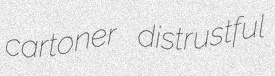
cartoner distrustful